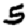
Digit: 5